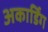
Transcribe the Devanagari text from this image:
अकार्डिंग